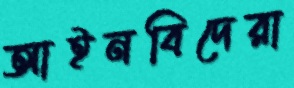
আইনবিদেরা